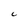
Character: C